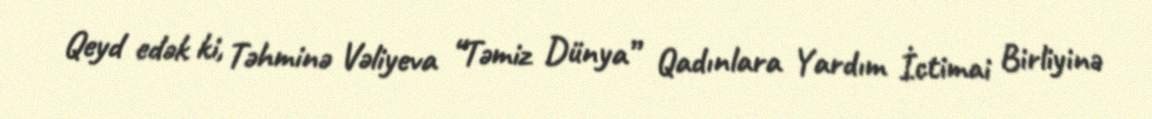
Qeyd edək ki, Təhminə Vəliyeva “Təmiz Dünya” Qadınlara Yardım İctimai Birliyinə